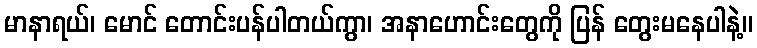
မာနာရယ်၊ မောင် တောင်းပန်ပါတယ်ကွာ၊ အနာဟောင်းတွေကို ပြန် တွေးမနေပါနဲ့။